Plague in India, 1896, 1897 - Volume 3
Year: 1896
Disease focus: Plague
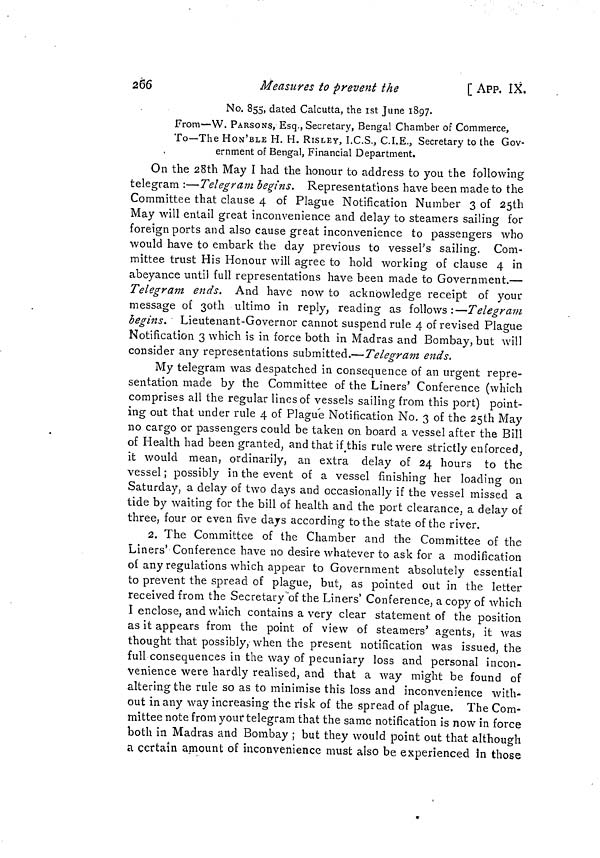
266
Measures to prevent the
[ APP. IX.
No. 855, dated Calcutta, the 1st June 1897.
From—W. PARSONS, Esq., Secretary, Bengal Chamber of Commerce,
To—The HON'BLE H. H. RISLEY, I.C.S., C.I.E., Secretary to the Gov-
ernment of Bengal, Financial Department.
On the 28th May I had the honour to address to you the following
telegram :—Telegram begins. Representations have been made to the
Committee that clause 4 of Plague Notification Number 3 of 25th
May will entail great inconvenience and delay to steamers sailing for
foreign ports and also cause great inconvenience to passengers who
would have to embark the day previous to vessel's sailing. Com-
mittee trust His Honour will agree to hold working of clause 4 in
abeyance until full representations have been made to Government.—
Telegram ends. And have now to acknowledge receipt of your
message of 30th ultimo in reply, reading as follows:—Telegram
begins. Lieutenant-Governor cannot suspend rule 4 of revised Plague
Notification 3 which is in force both in Madras and Bombay, but will
consider any representations submitted.—Telegram ends.
My telegram was despatched in consequence of an urgent repre-
sentation made by the Committee of the Liners' Conference (which
comprises all the regular lines of vessels sailing from this port) point-
ing out that under rule 4 of Plague Notification No. 3 of the 25th May
no cargo or passengers could be taken on board a vessel after the Bill
of Health had been granted, and that if this rule were strictly enforced,
it would mean, ordinarily, an extra delay of 24 hours to the
vessel ; possibly in the event of a vessel finishing her loading on
Saturday, a delay of two days and occasionally if the vessel missed a
tide by waiting for the bill of health and the port clearance, a delay of
three, four or even five days according to the state of the river.
2. The Committee of the Chamber and the Committee of the
Liners' Conference have no desire whatever to ask for a modification
of any regulations which appear to Government absolutely essential
to prevent the spread of plague, but, as pointed out in the letter
received from the Secretary of the Liners' Conference, a copy of which
I enclose, and which contains a very clear statement of the position
as it appears from the point of view of steamers' agents, it was
thought that possibly, when the present notification was issued, the
full consequences in the way of pecuniary loss and personal incon-
venience were hardly realised, and that a way might be found of
altering the rule so as to minimise this loss and inconvenience with-
out in any way increasing the risk of the spread of plague. The Com-
mittee note from youf telegram that the same notification is now in force
both in Madras and Bombay ; but they would point out that although
a certain amount of inconvenience must also be experienced in those